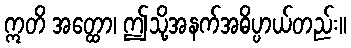
ဣတိ အတ္ထော၊ ဤသို့အနက်အဓိပ္ပာယ်တည်း။